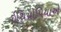
ઇથિયોપિયાએ